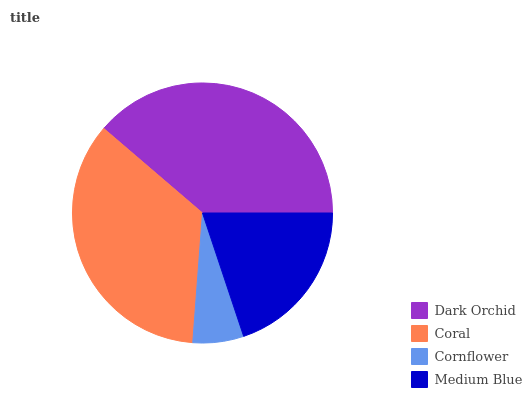
| Dark Orchid | Coral | Cornflower | Medium Blue |
 | --- | --- | --- | --- |
 | 38.7% | 35% | 6.32% | 19.9% |